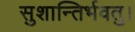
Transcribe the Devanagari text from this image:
सुशान्तिर्भवतु।